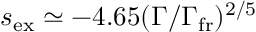
s _ { \mathrm { e x } } \simeq - 4 . 6 5 ( \Gamma / \Gamma _ { \mathrm { f r } } ) ^ { 2 / 5 }